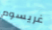
غريسوم